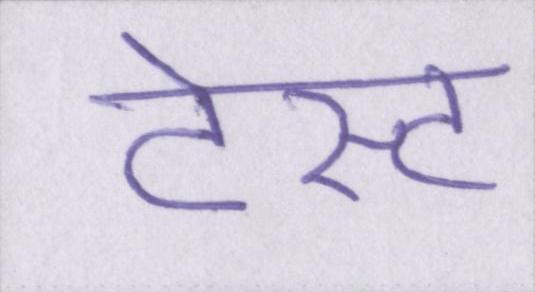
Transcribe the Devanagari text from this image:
टेस्ट